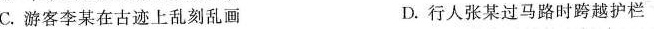
C.游客李某在古迹上乱刻乱画 D.行人张某过马路时跨越护栏